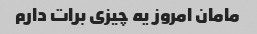
مامان امروز یه چیزی برات دارم